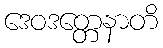
ဒေဝဒတ္တေနာတိ